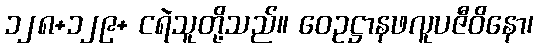
၁၂၈+၁၂၉+ ငရဲသူတို့သည်။ ဝေဥဋ္ဌာနဖလူပဇီဝိနော၊